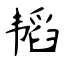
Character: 韬